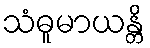
သံဓူမာယန္တိ